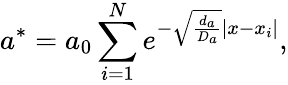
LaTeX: a^{*}=a_{0}\sum_{i=1}^{N}e^{-\sqrt{\frac{d_{a}}{D_{a}}}\left|x-x_{i}\right|},